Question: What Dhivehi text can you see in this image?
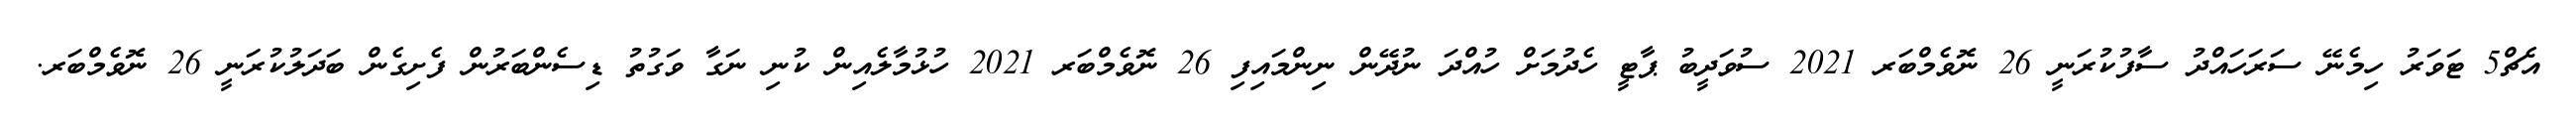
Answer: އެޗް5 ޓަވަރު ހިމެނޭ ސަރަހައްދު ސާފުކުރަނީ 26 ނޮވެމްބަރ 2021 ސުވަދީބު ޕާޓީ ހެދުމަށް ހުއްދަ ނުދޭން ނިންމައިފި 26 ނޮވެމްބަރ 2021 ހުޅުމާލެއިން ކުނި ނަގާ ވަގުތު ޑިސެންބަރުން ފެށިގެން ބަދަލުކުރަނީ 26 ނޮވެމްބަރ.